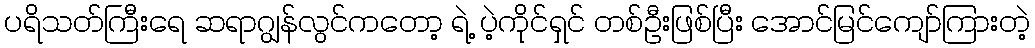
ပရိသတ်ကြီးရေ ဆရာဂျွန်လွင်ကတော့ ရဲ့ ပဲ့ကိုင်ရှင် တစ်ဦးဖြစ်ပြီး အောင်မြင်ကျော်ကြားတဲ့